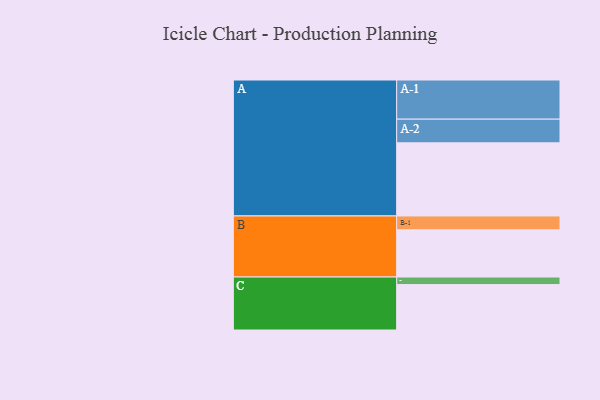
{"axis": {"x": "Segment", "y": "Value"}, "legend": ["", "A", "B", "C"], "data": [{"x": "A", "y": 497, "type": ""}, {"x": "B", "y": 321, "type": ""}, {"x": "C", "y": 309, "type": ""}, {"x": "A-1", "y": 266, "type": "A"}, {"x": "A-2", "y": 161, "type": "A"}, {"x": "B-1", "y": 94, "type": "B"}, {"x": "C-1", "y": 51, "type": "C"}]}